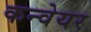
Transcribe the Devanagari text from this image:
कन्‍वेयर